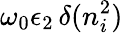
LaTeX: \omega_{0}\epsilon_{2}\, \delta(n_{i}^{2})